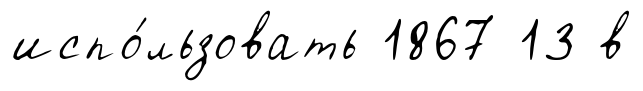
испо́льзовать 1867 13 в